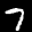
Label: 7